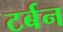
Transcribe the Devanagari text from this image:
टर्बन